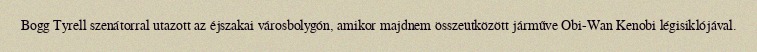
Bogg Tyrell szenátorral utazott az éjszakai városbolygón, amikor majdnem összeütközött járműve Obi-Wan Kenobi légisiklójával.